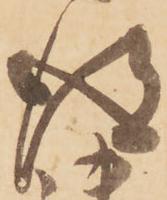
得